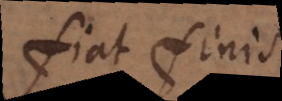
fiat finis.